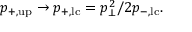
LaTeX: p _ { + , \mathrm { u p } } \rightarrow p _ { + , \mathrm { l c } } = p _ { \bot } ^ { 2 } / 2 p _ { - , \mathrm { l c } } .